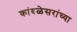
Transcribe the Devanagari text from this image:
कांबळेसरांच्या